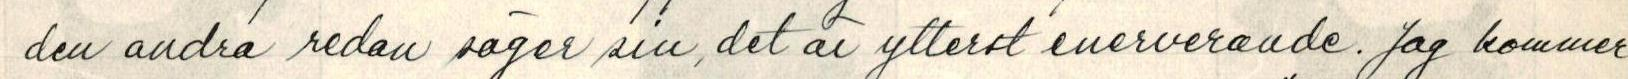
den andra redan säger sin, det är ytterst enerverande. Jag kommer